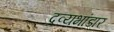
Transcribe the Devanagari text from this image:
द्रव्यभांडार